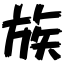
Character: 族